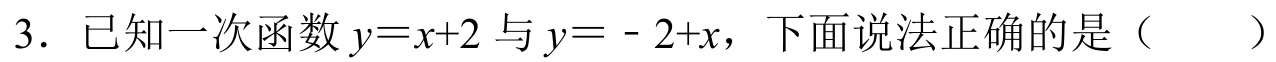
3. 已知一次函数\(y = x + 2\)与\(y=-2 + x\)，下面说法正确的是（  ）